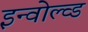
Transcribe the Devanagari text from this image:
इन्वोल्व्ड